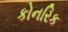
કોનરિક